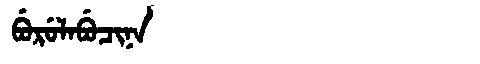
Manchu: ᠪᡠᡵᡠᠯᠠᠪᡠᠴᡳᠨᠠ
Romanization: BURULABUCINA